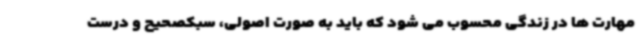
مهارت ها در زندگی محسوب می شود که باید به صورت اصولی، سبکصحیح و درست